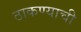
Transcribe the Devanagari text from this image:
ठाकण्याची